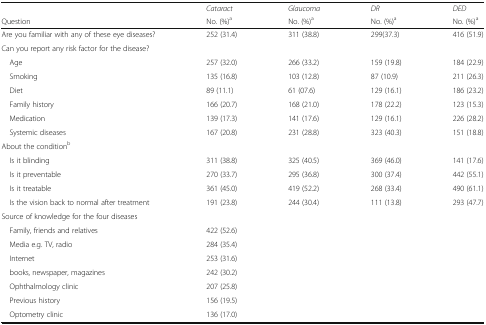
<table><thead><tr><td></td><td><b><i>Cataract</i></b></td><td><b><i>Glaucoma</i></b></td><td><b><i>DR</i></b></td><td><b><i>DED</i></b></td></tr><tr><td><b>Question</b></td><td><b>No. (%)<sup>a</sup></b></td><td><b>No. (%)<sup>a</sup></b></td><td><b>No. (%)<sup>a</sup></b></td><td><b>No. (%)<sup>a</sup></b></td></tr></thead><tbody><tr><td>Are you familiar with any of these eye diseases?</td><td>252 (31.4)</td><td>311 (38.8)</td><td>299(37.3)</td><td>416 (51.9)</td></tr><tr><td colspan="5">Can you report any risk factor for the disease?</td></tr><tr><td> Age</td><td>257 (32.0)</td><td>266 (33.2)</td><td>159 (19.8)</td><td>184 (22.9)</td></tr><tr><td> Smoking</td><td>135 (16.8)</td><td>103 (12.8)</td><td>87 (10.9)</td><td>211 (26.3)</td></tr><tr><td> Diet</td><td>89 (11.1)</td><td>61 (07.6)</td><td>129 (16.1)</td><td>186 (23.2)</td></tr><tr><td> Family history</td><td>166 (20.7)</td><td>168 (21.0)</td><td>178 (22.2)</td><td>123 (15.3)</td></tr><tr><td> Medication</td><td>139 (17.3)</td><td>141 (17.6)</td><td>129 (16.1)</td><td>226 (28.2)</td></tr><tr><td> Systemic diseases</td><td>167 (20.8)</td><td>231 (28.8)</td><td>323 (40.3)</td><td>151 (18.8)</td></tr><tr><td colspan="5">About the condition<sup>b</sup></td></tr><tr><td> Is it blinding</td><td>311 (38.8)</td><td>325 (40.5)</td><td>369 (46.0)</td><td>141 (17.6)</td></tr><tr><td> Is it preventable</td><td>270 (33.7)</td><td>295 (36.8)</td><td>300 (37.4)</td><td>442 (55.1)</td></tr><tr><td> Is it treatable</td><td>361 (45.0)</td><td>419 (52.2)</td><td>268 (33.4)</td><td>490 (61.1)</td></tr><tr><td> Is the vision back to normal after treatment</td><td>191 (23.8)</td><td>244 (30.4)</td><td>111 (13.8)</td><td>293 (47.7)</td></tr><tr><td colspan="5">Source of knowledge for the four diseases</td></tr><tr><td> Family, friends and relatives</td><td colspan="4">422 (52.6)</td></tr><tr><td> Media e.g. TV, radio</td><td colspan="4">284 (35.4)</td></tr><tr><td> Internet</td><td colspan="4">253 (31.6)</td></tr><tr><td> books, newspaper, magazines</td><td colspan="4">242 (30.2)</td></tr><tr><td> Ophthalmology clinic</td><td colspan="4">207 (25.8)</td></tr><tr><td> Previous history</td><td colspan="4">156 (19.5)</td></tr><tr><td> Optometry clinic</td><td colspan="4">136 (17.0)</td></tr></tbody></table>